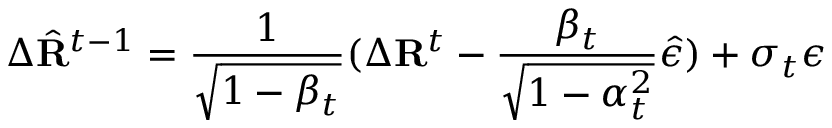
\Delta \hat { \mathbf { R } } ^ { t - 1 } = \frac { 1 } { \sqrt { 1 - \beta _ { t } } } ( \Delta \mathbf { R } ^ { t } - \frac { \beta _ { t } } { \sqrt { 1 - \alpha _ { t } ^ { 2 } } } \hat { \epsilon } ) + \sigma _ { t } \epsilon